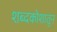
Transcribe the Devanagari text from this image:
शब्दकोशातून